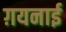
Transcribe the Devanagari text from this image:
ग़यनाई